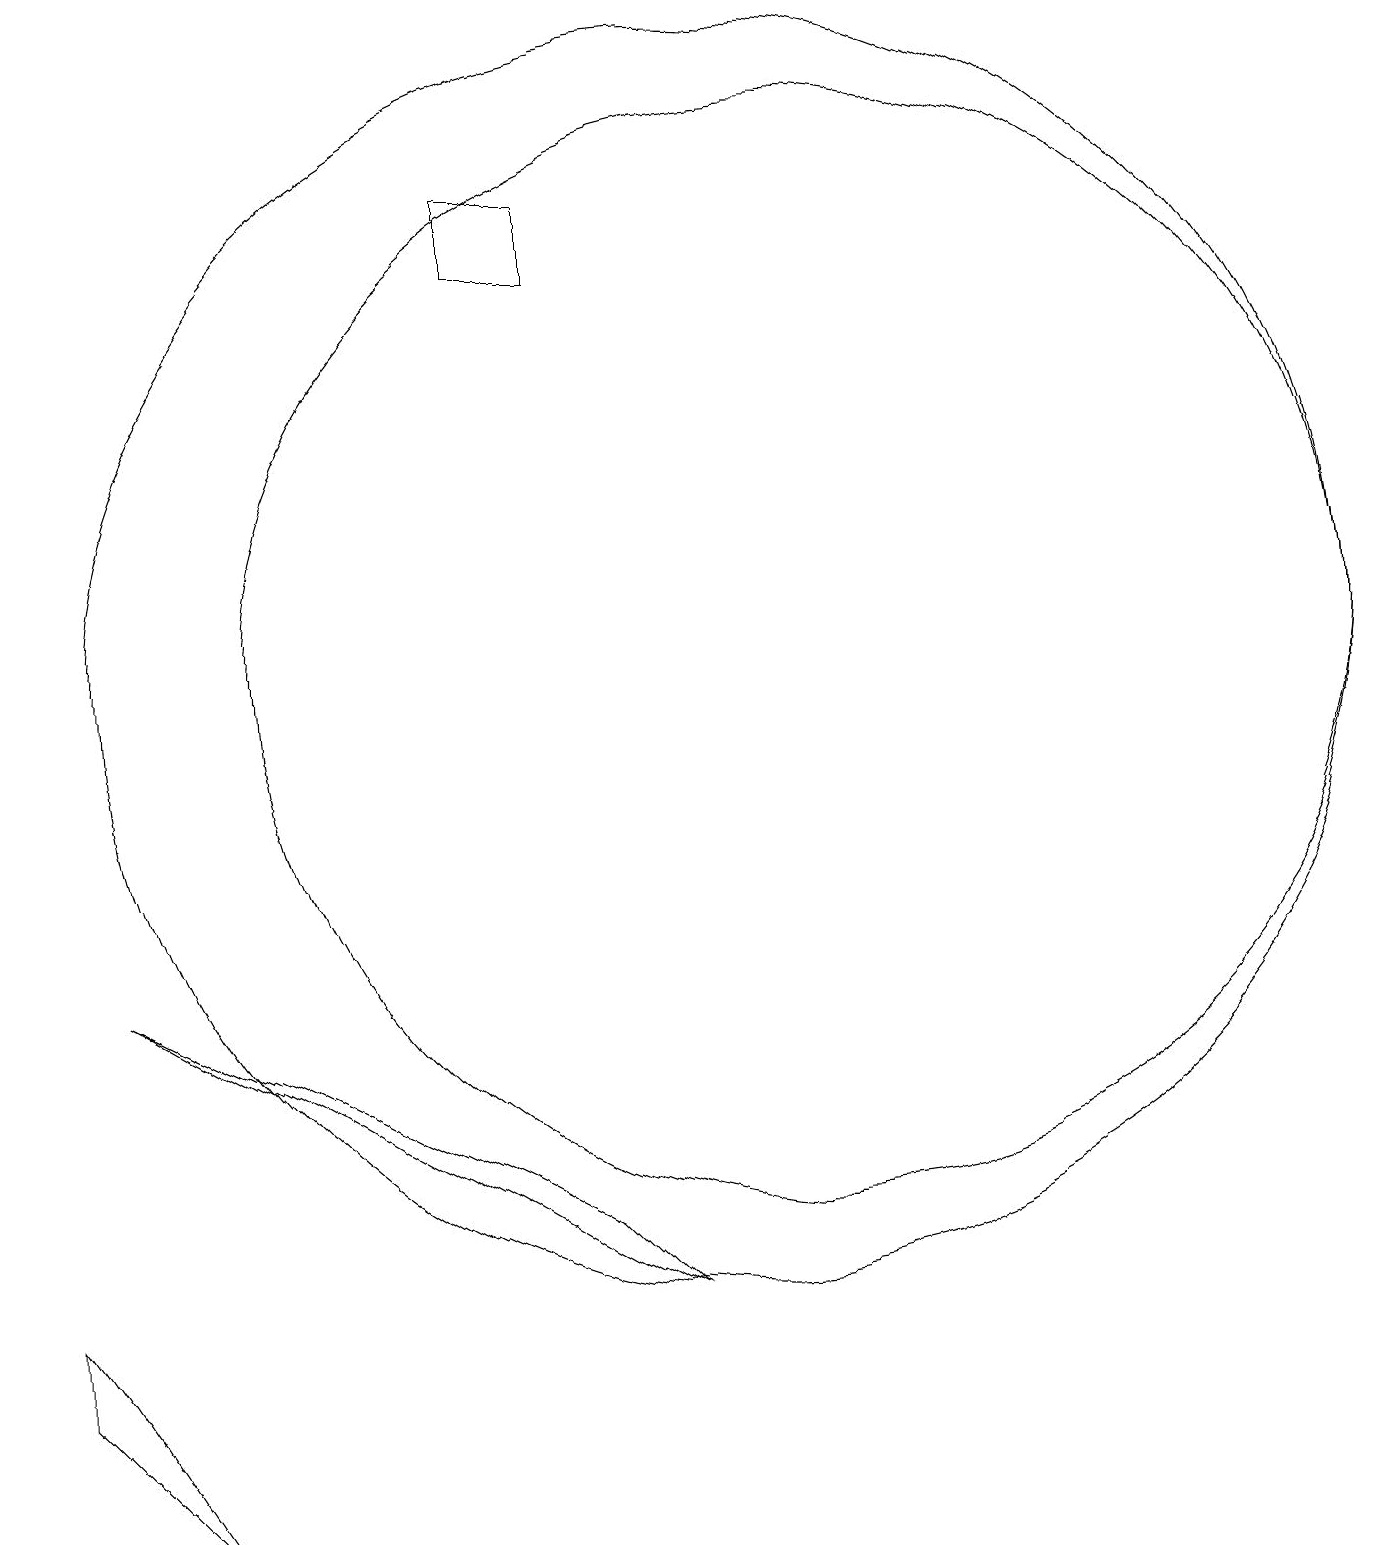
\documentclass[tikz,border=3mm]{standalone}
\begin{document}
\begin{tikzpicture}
\draw (1,3) -- (3,1) -- (1,4) -- cycle;
\draw (11,12) circle (7);
\draw (8,18) rectangle (7,17);
\draw (10,12) circle (8);
\draw (8,5) -- (9,4) -- (2,8) -- cycle;
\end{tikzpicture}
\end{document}